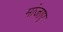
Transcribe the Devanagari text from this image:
मांजाए